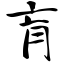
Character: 肓